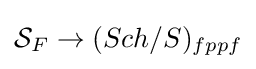
{\mathcal {S}}_{F}\to (Sch/S)_{fppf}